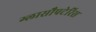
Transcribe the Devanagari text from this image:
ग्लासौपटेरिस